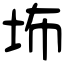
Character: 㘵